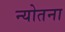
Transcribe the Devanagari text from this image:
न्योतना